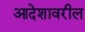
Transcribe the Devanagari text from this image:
आदेशावरील